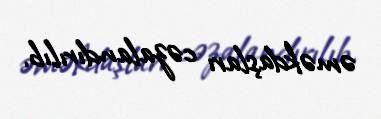
əməkdaşları cəzalandırılıb.